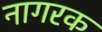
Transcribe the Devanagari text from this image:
नागरक